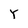
Character: Y